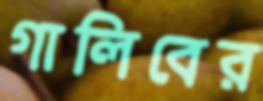
গালিবের